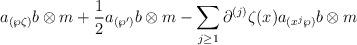
LaTeX: \begin{align*}a_{(\wp \zeta)} b \otimes m + \frac{1}{2} a_{(\wp')}b \otimes m - \sum_{j \geq 1} \partial^{(j)}\zeta(x) a_{(x^{j} \wp)}b \otimes m \end{align*}